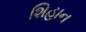
શિહાન